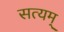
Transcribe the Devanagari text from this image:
सत्‍यम्